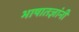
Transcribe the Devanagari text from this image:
भाषातज्ञांनी